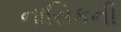
નાસિકની